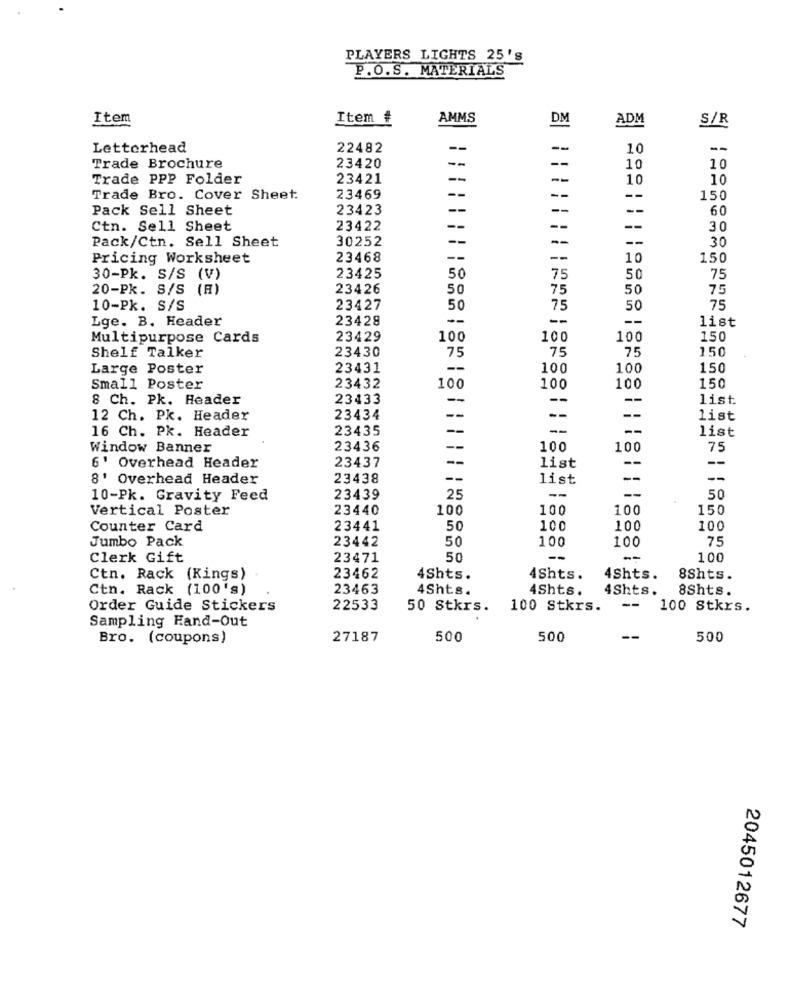
PLAYERS LIGHTS 25's
P.O.S. MATERIALS
Item
Item #
AMMS
ADM
S/R
Letterhead
22482
--
--
10
--
--
Trade Brochure
23420
--
10
10
Trade PPP Folder
23421
-
10
10
--
-
Trade Bro. Cover Sheet
23469
150
Pack Sell Sheet
23423
-
--
60
Ctn. Sell Sheet
23422
--
--
--
30
Pack/Ctn. Sell Sheet
30252
-
--
--
30
Pricing Worksheet
23468
--
--
10
150
30-Pk. S/S (V)
23425
50
75
50
75
20-Pk. S/S (R)
23426
50
75
50
75
10-Pk. S/S
23427
50
75
50
75
Lge. B. Header
23428
--
--
--
list
Multipurpose Cards
23429
100
100
100
150
23430
75
75
75
150
Shelf Talker
Large Poster
23431
--
100
100
150
Small Poster
23432
100
100
100
150
8 Ch. Pk. Header
23433
--
--
-
list
--
12 Ch. Pk. Header
23434
--
--
list
16 Ch. Pk. Header
23435
--
--
list
Window Banner
23436
--
100
100
75
-
6' Overhead Header
23437
list
--
8' Overhead Header
23438
--
list
--
--
--
--
10-Pk. Gravity Feed
23439
25
50
Vertical Poster
23440
100
100
150
Counter Card
23441
50
100
100
100
Jumbo Pack
23442
50
100
100
75
Clerk Gift
23471
50
--
--
100
Ctn. Rack (Kings)
23462
4Shts.
4Shts.
4Shts.
8Shts.
Ctn. Rack (100's)
23463
4Shts.
4Shts.
4Shts.
8Shts.
Order Guide Stickers
22533
50 Stkrs.
100 Stkrs.
--
100 Stkrs.
Sampling Hand-Out
Bro. (coupons)
27187
500
500
--
500
2045012677